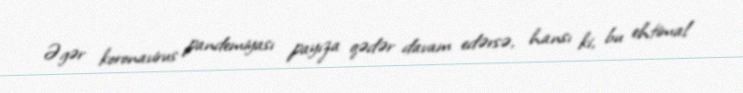
Əgər koronavirus pandemiyası payıza qədər davam edərsə, hansı ki, bu ehtimal